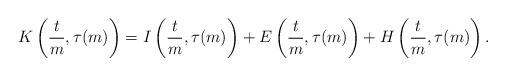
LaTeX: \begin{align*} K\left(\frac{t}{m}, \tau(m)\right) = I\left(\frac{t}{m}, \tau(m)\right) + E\left(\frac{t}{m}, \tau(m)\right) + H\left(\frac{t}{m}, \tau(m)\right).\end{align*}